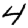
Digit: 4